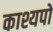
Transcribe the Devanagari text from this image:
काश्यपो